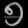
Digit: ၅